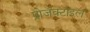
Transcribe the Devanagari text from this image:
प्रोजॅक्टाइल